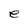
Character: e